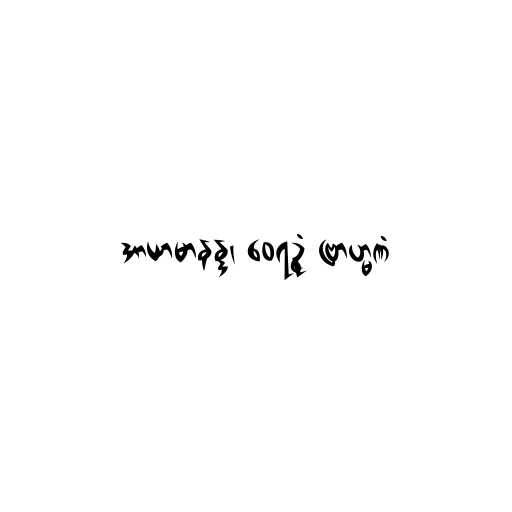
အာယာမာနန္ဒ၊ ဝေရဉ္ဇံ ဗြာဟ္မဏံ